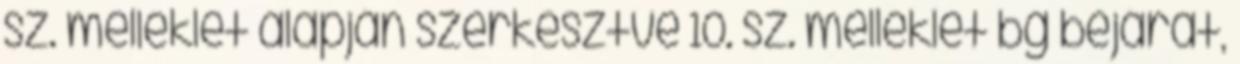
sz. melléklet alapján szerkesztve 10. sz. melléklet bg bejárat,